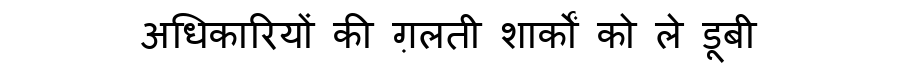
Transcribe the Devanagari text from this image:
अधिकारियों की ग़लती शार्कों को ले डूबी